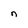
Character: n